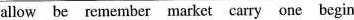
allow be remember market carry one begin